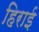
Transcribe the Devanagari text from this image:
हिराई